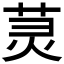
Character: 𫟑